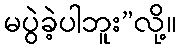
မပွဲခဲ့ပါဘူး”လို့။